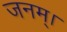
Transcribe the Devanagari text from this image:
जनम्।